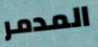
المدمر